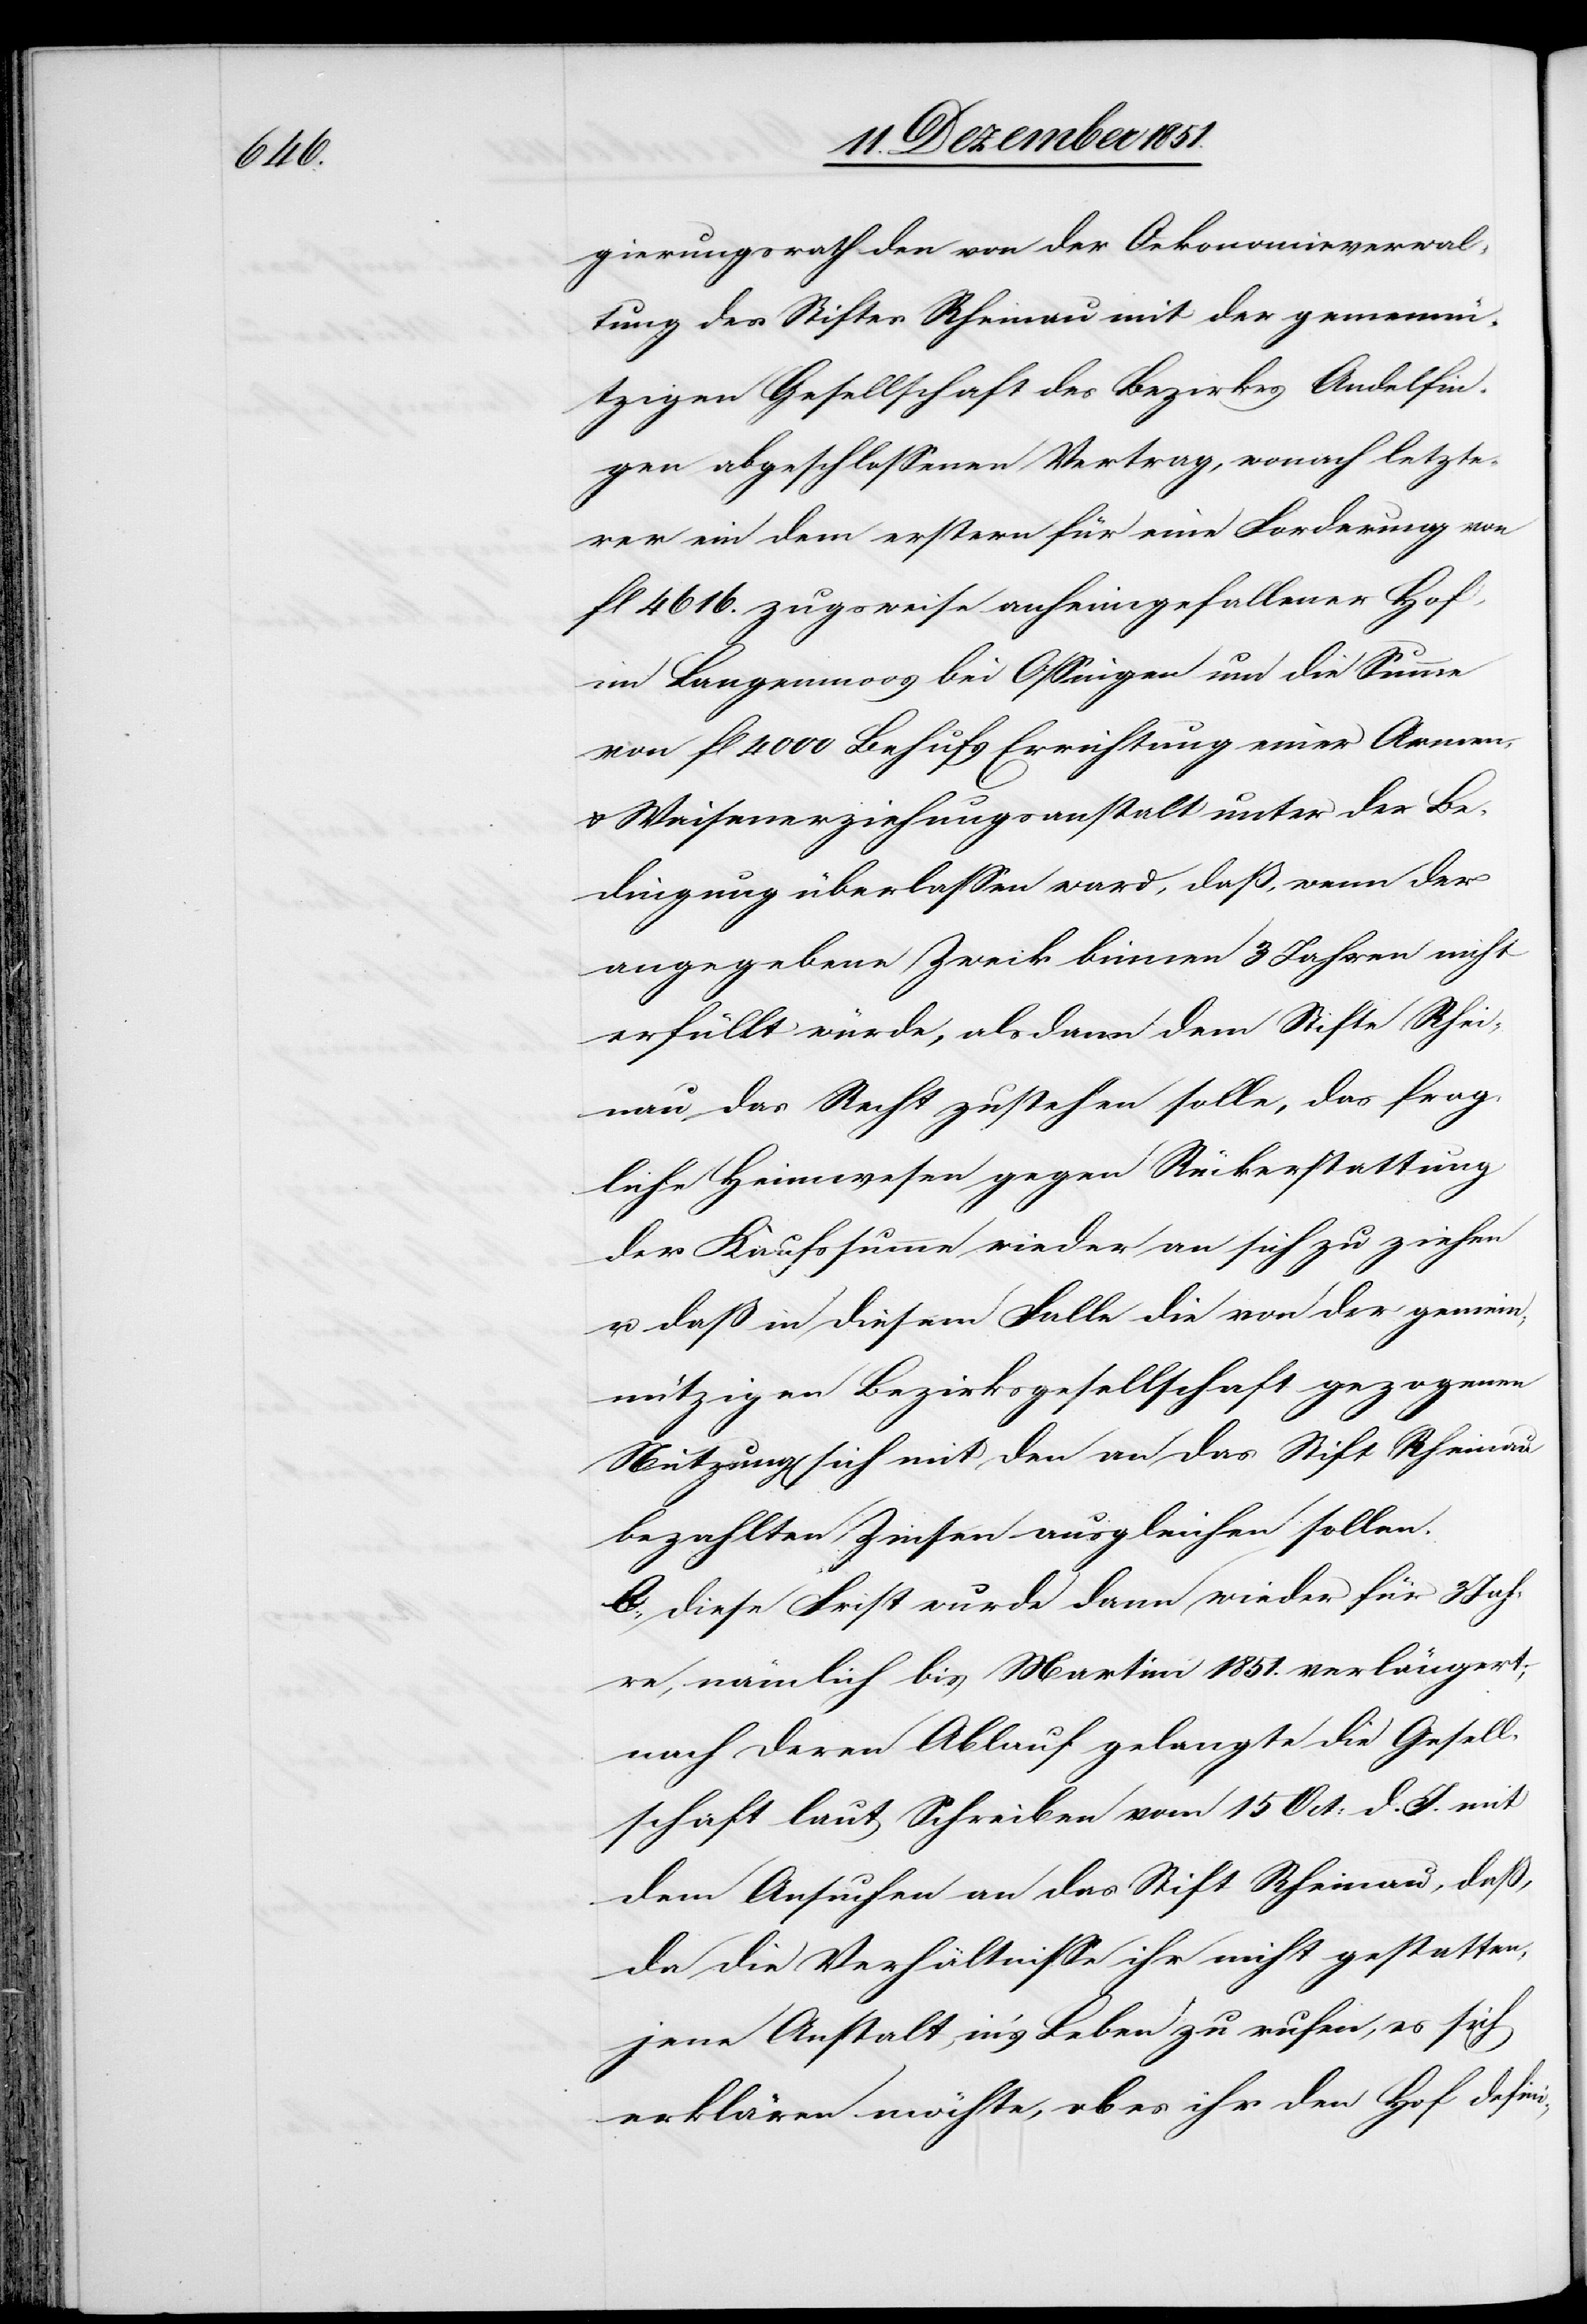
gierungsrath den von der Oekonomieverwal¬
tung des Stiftes Rheinau mit der gemeinn¬
ützigen Gesellschaft des Bezirkes Andelfin¬
gen abgeschlossenen Vertrag, wonach letzte¬
rer ein dem erstern für eine Forderung von
fl 4616. zugsweise anheimgefallener Hof
im Langenmoos bei Ossingen um die Summe
von fl 4000 Behufs Errichtung einer Armen-
& Waisenerziehungsanstalt unter der Be¬
dingung überlassen ward, daß, wenn der
angegebene Zweck binnen 3 Jahren nicht
erfüllt würde, alsdann dem Stifte Rhei¬
nau das Recht zustehen solle, das frag¬
liche Heimwesen gegen Rückerstattung
der Kaufssumme wieder an sich zu ziehen
u. daß in diesem Falle die von der gemein¬
nützigen Bezirksgesellschaft gezogenen
Nutzung[en] sich mit den an das Stift Rheinau
bezahlten Zinsen ausgleichen sollen.
b., diese Frist wurde dann wieder für 3 Jah¬
re, nämlich bis Martini 1851. verlängert;
nach deren Ablauf gelangte die Gesell¬
schaft laut Schreiben vom 15 Oct: d. J. mit
dem Ansuchen an das Stift Rheinau, daß,
da die Verhältnisse ihr nicht gestatten,
jene Anstalt in’s Leben zu rufen, es sich
erklären möchte, ob es ihr den Hof defini-